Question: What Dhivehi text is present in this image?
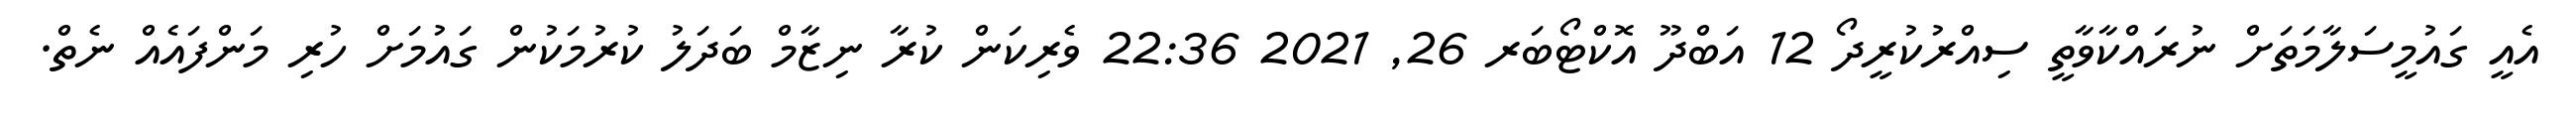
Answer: އެއީ ގައުމީސަލާމަތަށް ނުރައްކާވާތީ ސިއްރުކުރީދޯ 12 އަބްދޫ އޮކްޓޯބަރ 26, 2021 22:36 ވެރިކަން ކުރާ ނިޒާމް ބަދަލު ކުރުމަކުން ގައުމަށް ހުރި މަންފައެއް ނެތް.